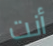
أنت